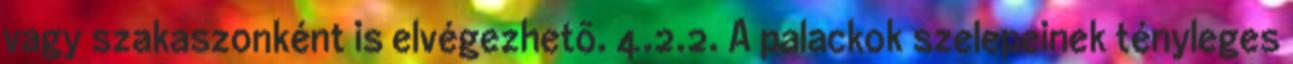
vagy szakaszonként is elvégezhetõ. 4.2.2. A palackok szelepeinek tényleges